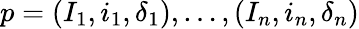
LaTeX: p=(I_{1},i_{1},\delta_{1}),\dots,(I_{n},i_{n},\delta_{n})